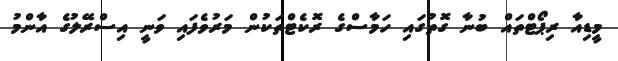
މީޑިއާ ރިޕޯޓްތައް ބުނާ ގޮތުގައި ހަމާސްގެ ރޮކެޓްތަކުން މަރުވެފައި ވަނީ އިސްރޭލުގެ އާންމު